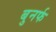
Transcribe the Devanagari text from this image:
बुनर्फ